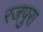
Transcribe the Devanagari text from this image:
रजपुरा